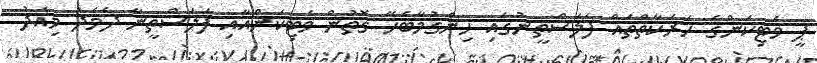
ޕީ ވެޓިކަންގެ ހަރަކާތްތައް ފަލަސްތީނުގައި ހިންގުމާބެހޭ ގޮތުން ވެޓިކަންއާއި ފަލަސްތީނާ ދެމެދު މިއަދު